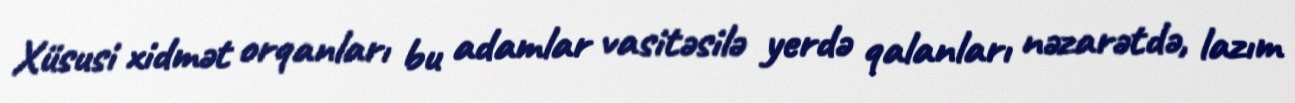
Xüsusi xidmət orqanları bu adamlar vasitəsilə yerdə qalanları nəzarətdə, lazım